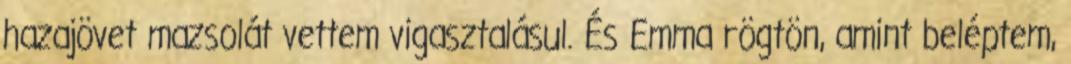
hazajövet mazsolát vettem vigasztalásul. És Emma rögtön, amint beléptem,